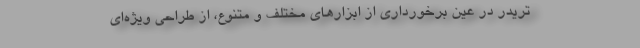
‌تریدر در عین برخورداری از ابزارهای مختلف و متنوع، از طراحی ویژه‌ای